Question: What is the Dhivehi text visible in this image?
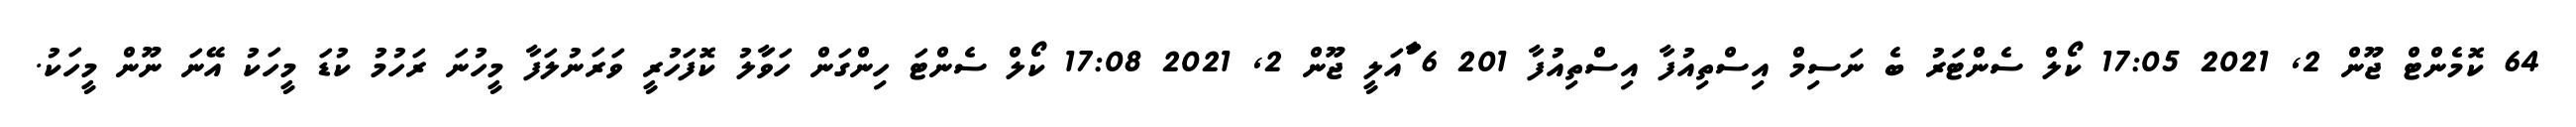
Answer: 64 ކޮމެންޓް ޖޫން 2, 2021 17:05 ކޯލް ސެންޓަރު ބެ ނަސިމް އިސްތިއުފާ އިސްތިއުފާ 201 6 ާަަަަަައަލީ ޖޫން 2, 2021 17:08 ކޯލް ސެންޓަ ހިންގަން ހަވަާލު ކޮފަހުރީ ވަރަނުލަފާ މީހުނަ ރަހުމު ކުޑަ މީހަކު އޭނަ ނޫން މީހަކު.